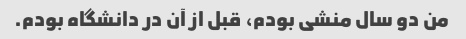
من دو سال منشی بودم، قبل از آن در دانشگاه بودم.